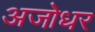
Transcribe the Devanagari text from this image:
अजोधर